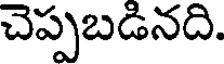
చెప్పబడినది.